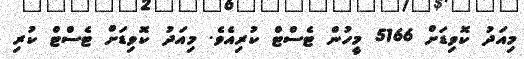
މިއަދު ކޮވިޑަށް 5166 މީހުން ޓެސްޓް ކުރިއެވެ. މިއަދު ކޮވިޑަށް ޓެސްޓް ކުރި